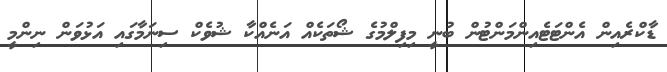
ޑާކްރެއިން އެންޓަޓެއިންމަންޓުން ބުނީ މިފިލްމުގެ ޝޯތަކެއް އަނެއްކާ ޝުވެކް ސިނަމާގައި އަޅުވަން ނިންމީ